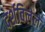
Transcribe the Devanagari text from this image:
दर्शविलेले